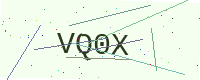
Text: VQ0X